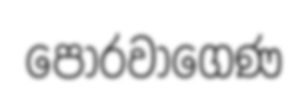
පොරවාගෙණ